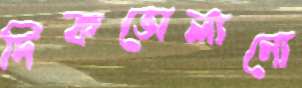
দিকভোলানো